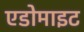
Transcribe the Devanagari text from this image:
एडोमाइट